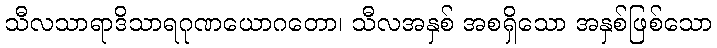
သီလသာရာဒိသာရဂုဏယောဂတော၊ သီလအနှစ် အစရှိသော အနှစ်ဖြစ်သော